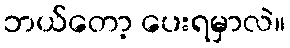
ဘယ်တော့ ပေးရမှာလဲ။